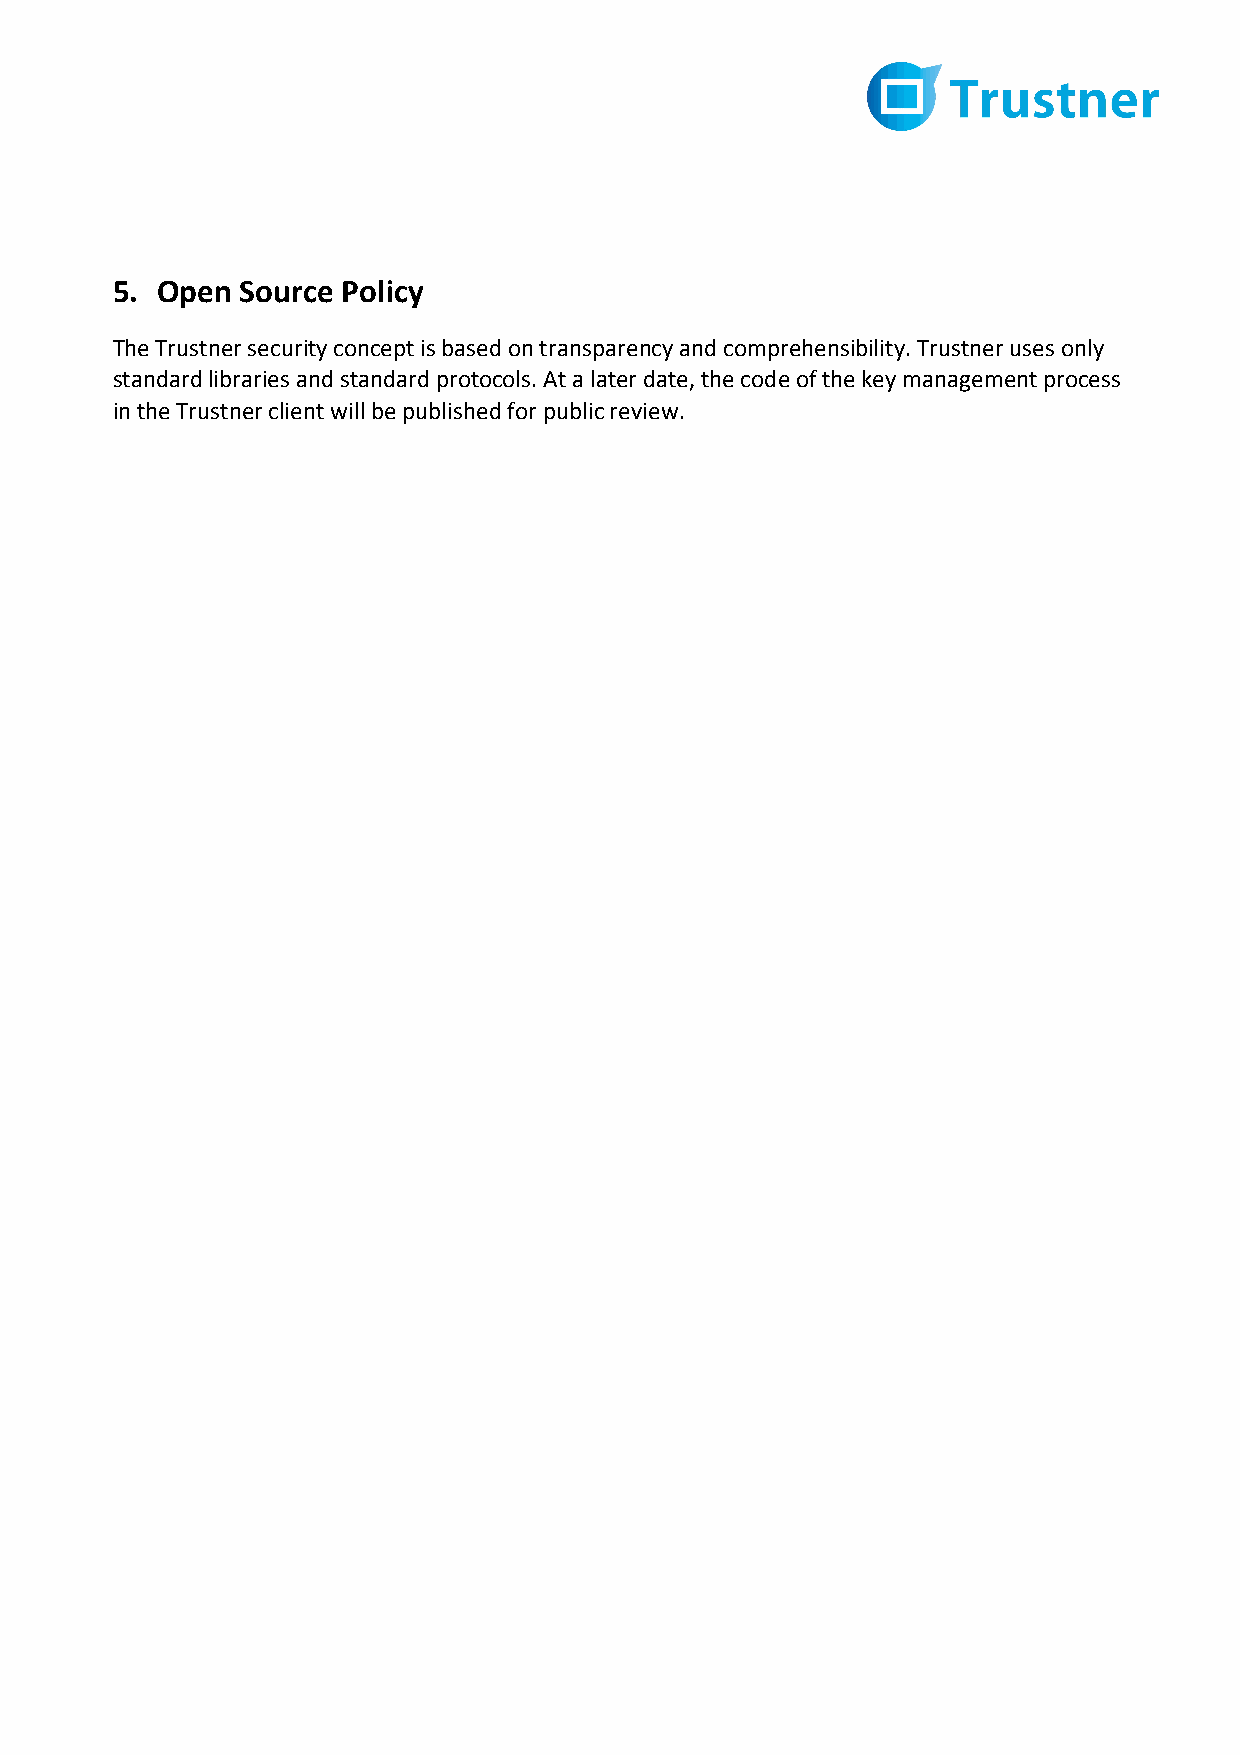
5. Open  Source Policy
 The Trustner security concept is based on transparency and comprehensibility. Trustner uses only
 standard libraries and standard protocols. At a later date, the code of the key management process
 in the Trustner client will be published for public review.